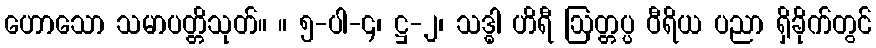
ဟောသော သမာပတ္တိသုတ်။ ။ ၅-ပါ-၄၊ ဋ္ဌ-၂၊ သဒ္ဓါ ဟိရီ ဩတ္တပ္ပ ဝီရိယ ပညာ ရှိခိုက်တွင်